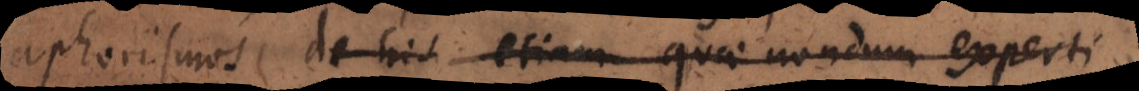
auxilio de his etiam quae nondum experti